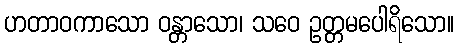
ဟတာဝကာသော ဝန္တာသော၊ သဝေ ဥတ္တမပေါရိသော။